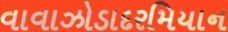
વાવાઝોડાદરમિયાન